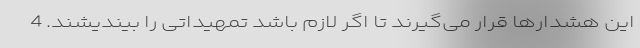
این هشدارها قرار می‌گیرند تا اگر لازم باشد تمهیداتی را بیندیشند. 4